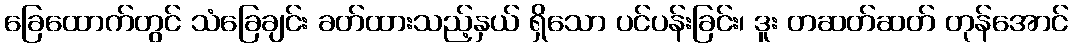
ခြေထောက်တွင် သံခြေချင်း ခတ်ထားသည့်နှယ် ရှိသော ပင်ပန်းခြင်း၊ ဒူး တဆတ်ဆတ် တုန်အောင်